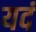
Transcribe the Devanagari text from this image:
यदं